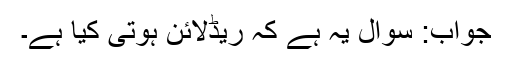
جواب: سوال یہ ہے کہ ریڈلائن ہوتی کیا ہے۔